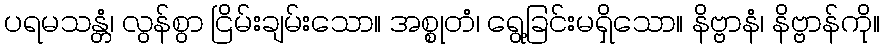
ပရမသန္တံ၊ လွန်စွာ ငြိမ်းချမ်းသော။ အစ္စုတံ၊ ရွေ့ခြင်းမရှိသော။ နိဗ္ဗာနံ၊ နိဗ္ဗာန်ကို။